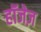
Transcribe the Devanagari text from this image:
हॉजेज़